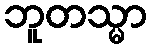
ဘူတသ္မာ